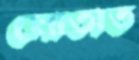
মোতাত